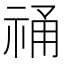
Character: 𮁾